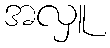
အလှူ